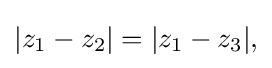
\displaystyle {|z_{1}-z_{2}|=|z_{1}-z_{3}|,}